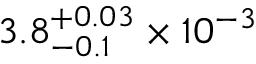
3 . 8 _ { - 0 . 1 } ^ { + 0 . 0 3 } \times 1 0 ^ { - 3 }